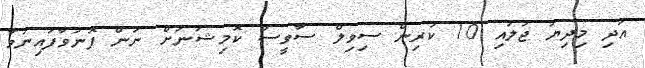
އަދި މިދިޔަ ޖުލައި 10 ކުރިން ސިވިލް ސާވީސް ކޮމިޝަނަށް ނަން ފޮނުވާފައިނުވާ